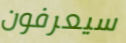
سيعرفون